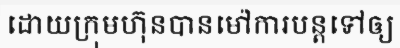
ដោយក្រុមហ៊ុនបានម៉ៅការបន្តទៅឲ្យ